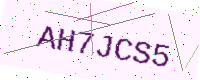
Text: AH7JCS5